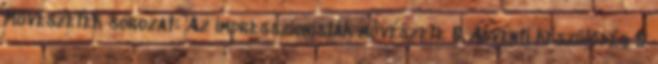
Művészetek sorozat: Az impresszionisták művészete 0 Adventi készülődés 0